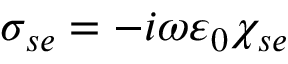
{ \sigma } _ { s e } = - i \omega \varepsilon _ { 0 } \chi _ { s e }